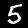
Digit: 5